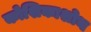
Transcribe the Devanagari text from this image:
कोशिकाशोथ